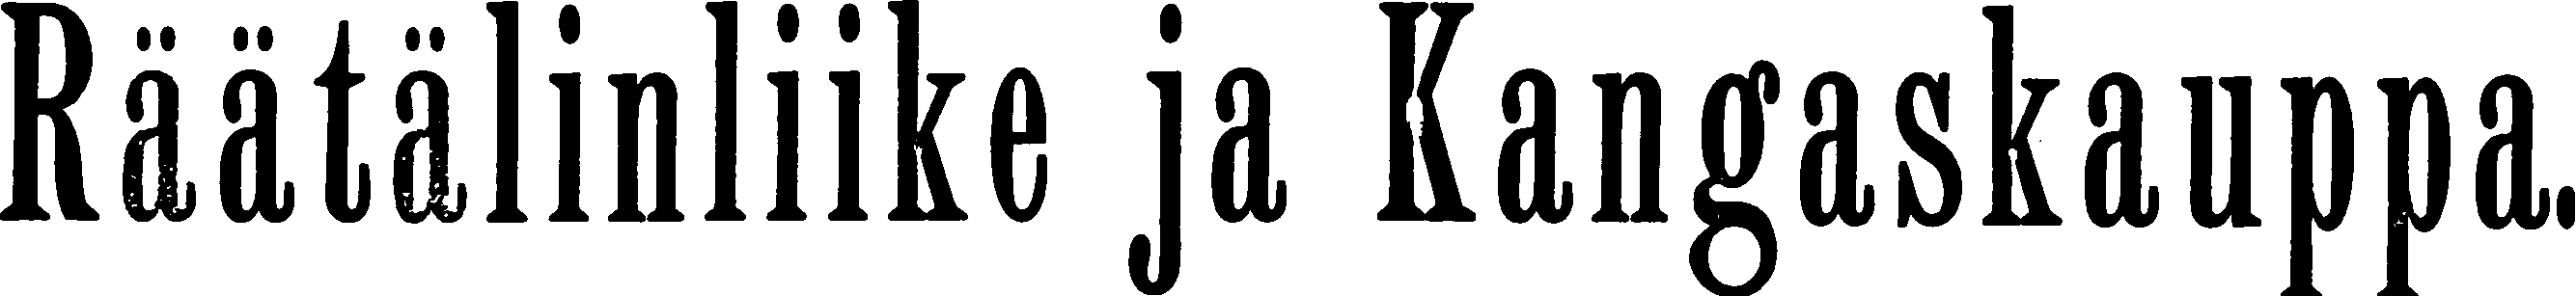
Räätälinliike ja Kangaskauppa.